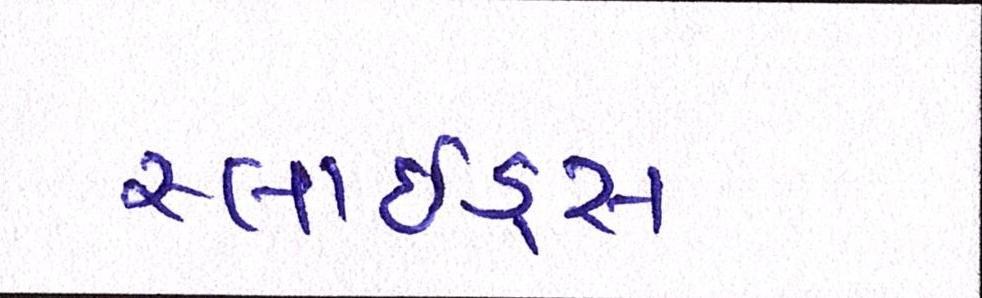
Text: સ્લાઇડ્સ